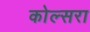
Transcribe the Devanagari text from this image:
कोल्‍सरा